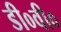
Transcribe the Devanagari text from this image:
डी०वी०